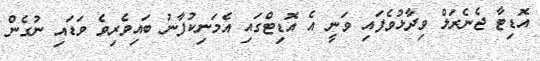
އޮޑިޓާ ޖެނެރަލް ވިދާޅުވެފައި ވަނީ އެ އޮޑިޓްގައި އެމަނިކުފާނު ބައިވެރިވެ ވަޑައި ނުގެން